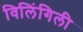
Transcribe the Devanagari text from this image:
विलिंगिली